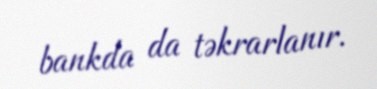
bankda da təkrarlanır.